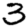
Digit: 3